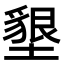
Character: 墾